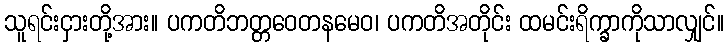
သူရင်းငှားတို့အား။ ပကတိဘတ္တဝေတနမေဝ၊ ပကတိအတိုင်း ထမင်းရိက္ခာကိုသာလျှင်။